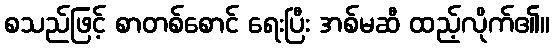
စသည်ဖြင့် စာတစ်စောင် ရေးပြီး အစ်မဆီ ထည့်လိုက်၏။